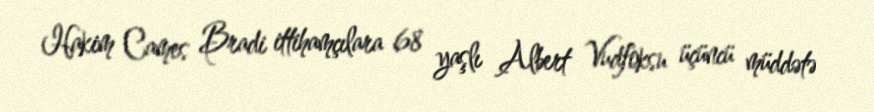
Hakim Cames Bradi ittihamçılara 68 yaşlı Albert Vudfoksu üçüncü müddətə